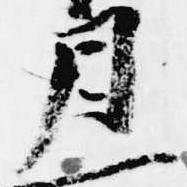
月